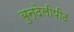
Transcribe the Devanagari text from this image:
बुन्देलीपीठ